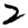
Digit: 2